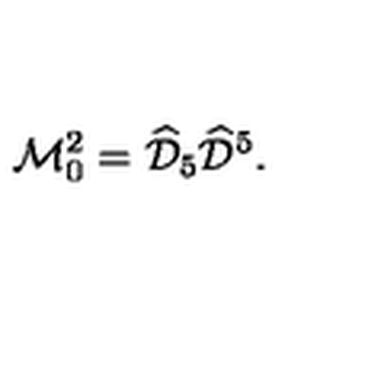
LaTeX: \mathcal { M } _ { 0 } ^ { 2 } = \widehat { \mathcal { D } } _ { 5 } \widehat { \mathcal { D } } ^ { 5 } .